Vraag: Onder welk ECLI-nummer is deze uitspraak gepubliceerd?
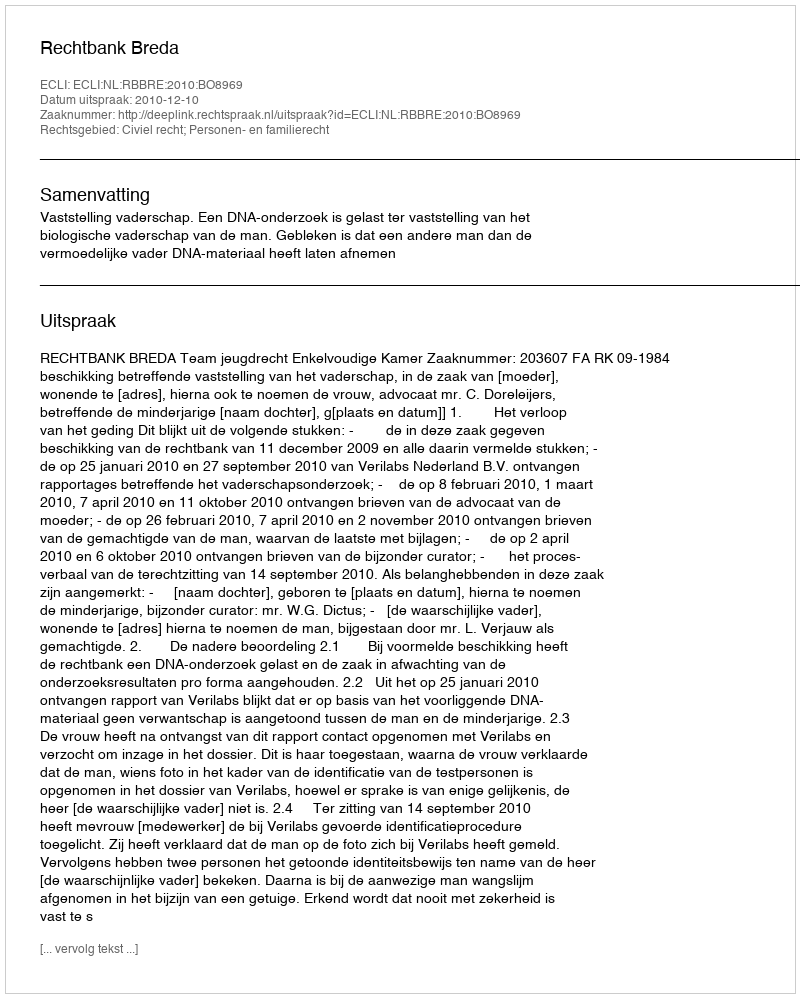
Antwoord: ECLI:NL:RBBRE:2010:BO8969